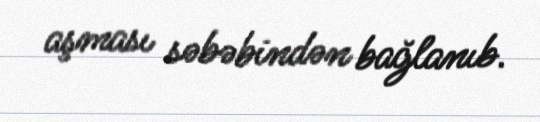
aşması səbəbindən bağlanıb.